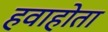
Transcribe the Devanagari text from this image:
हवाहोता